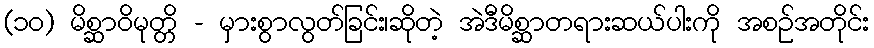
(၁၀) မိစ္ဆာဝိမုတ္တိ - မှားစွာလွတ်ခြင်း၊ဆိုတဲ့ အဲဒီမိစ္ဆာတရားဆယ်ပါးကို အစဉ်အတိုင်း